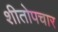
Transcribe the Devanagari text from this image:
शीतोपचार